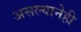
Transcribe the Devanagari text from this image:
असल्यानेही